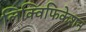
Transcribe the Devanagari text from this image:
लिक्विफिकेशन